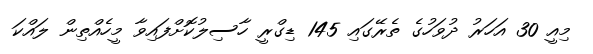
މިއީ 30 އަހަރު ދުވަހުގެ ތެރޭގައި 145 ޑިގްރީ ހާސިލުކޮށްފައިވާ މީހެއްތިން ލައްކަ